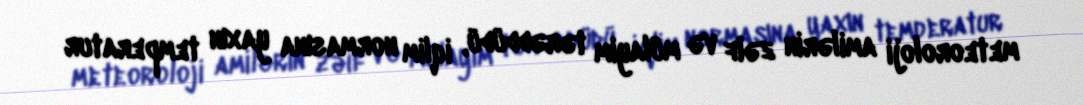
meteoroloji amilərin zəif və mülayim tərəddüdü, iqlim normasına yaxın temperatur